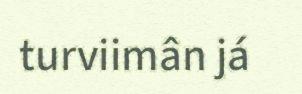
turviimân já